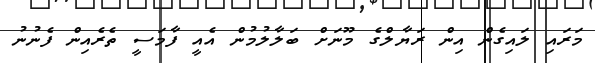
މަރައި ލައިގެން އިން ރަޔާލްގެ މޫނަށް ބަލާލުމުން އެއީ ފާމަސީ ތެރެއިން ފެނުނު